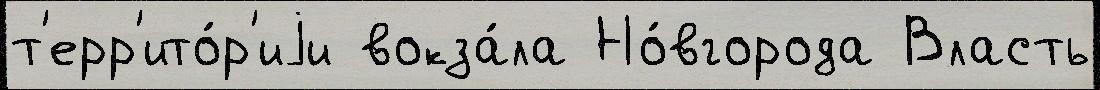
т'ерр'ито́р'иjи вокза́ла Но́вгорода Власть